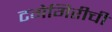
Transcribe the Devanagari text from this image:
टगेगिरीची